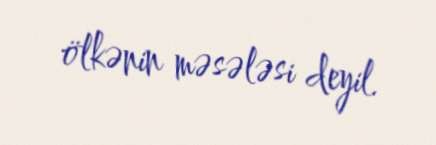
ölkənin məsələsi deyil.